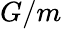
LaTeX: G/m